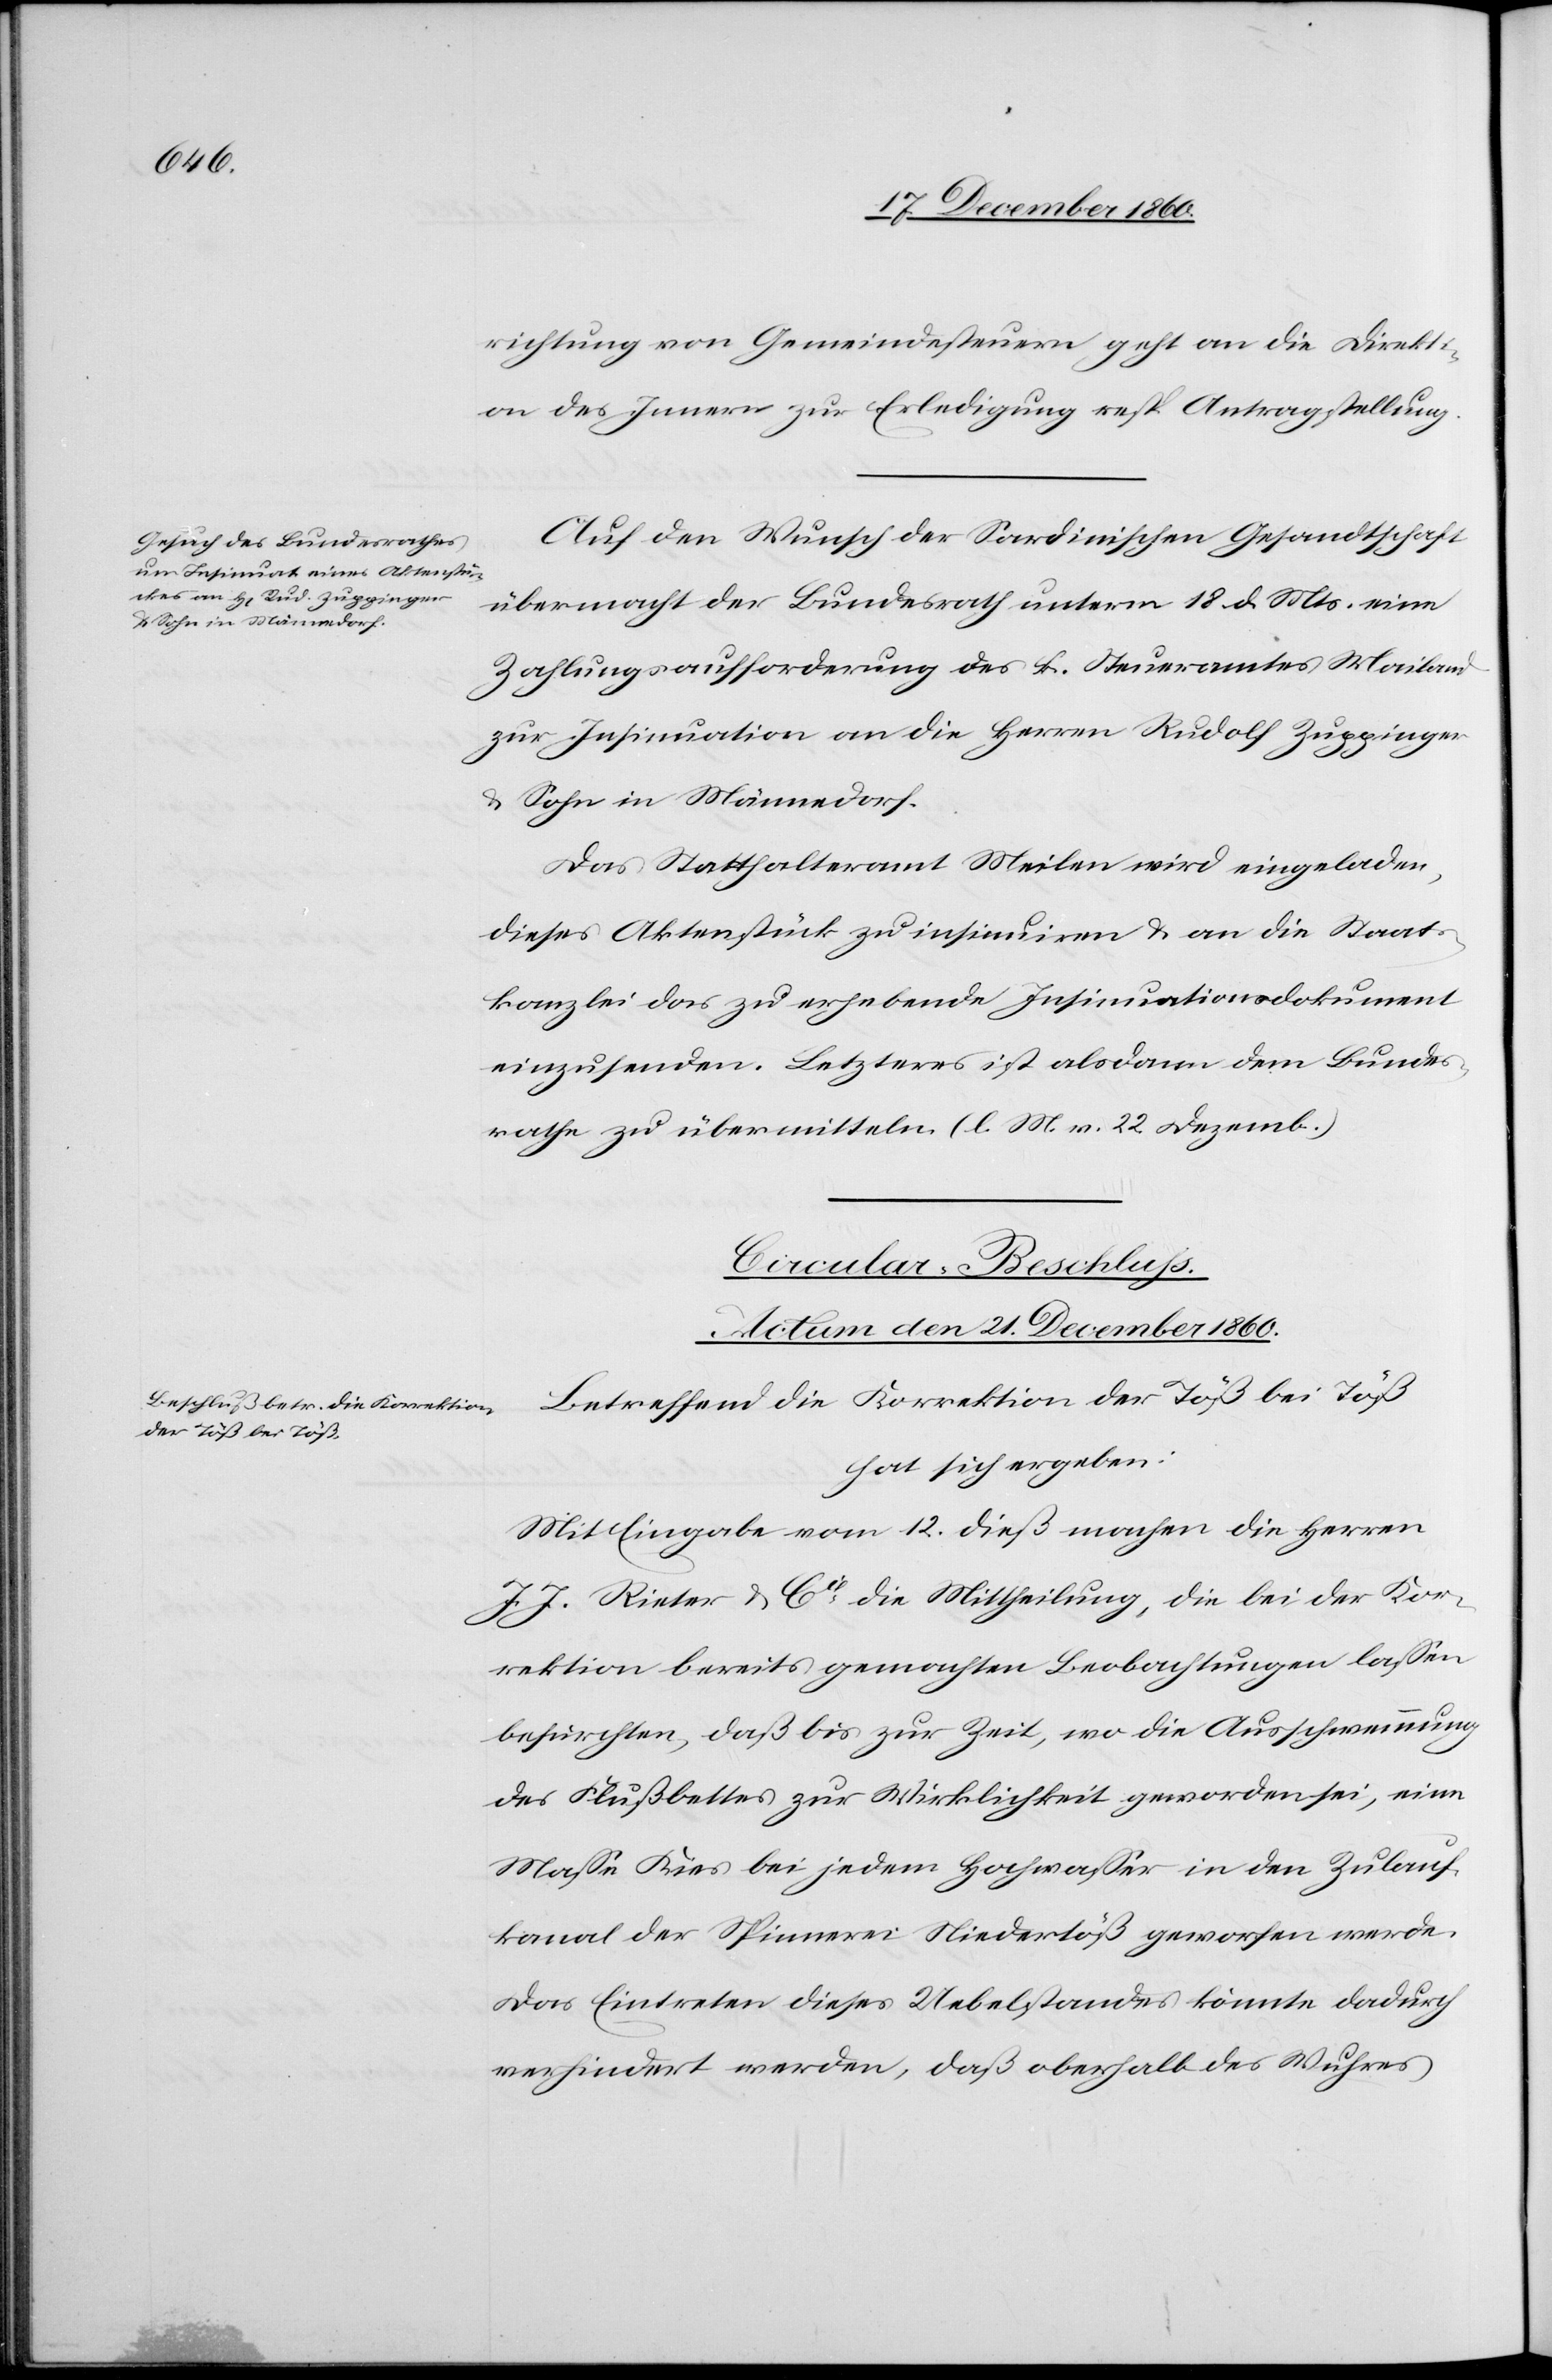
& Sohn in Männedorf.

21. December 1860.
richtung von Gemeindesteuern geht an die Direkti¬
on des Innern zur Erledigung resp. Antragstellung.
Auf den Wunsch der Sardinischen Gesandtschaft
übermacht der Bundesrath unterm 18. d. Mts., eine
Zahlungsaufforderung des k. Steueramtes Mailand
zur Insinuation an die Herren Rudolf Zuppinger
Das Statthalteramt Meilen wird eingeladen,
dieses Aktenstück zu insinuiren u. an die Staats¬
kanzlei das zu erhebende Insinuationsdokument
einzusenden. Letzteres ist alsdann dem Bundes¬
rathe zu übermitteln. (l. M. v. 22. Dezemb.)
Circular-Beschluss.
Actum den 21. Decemb. 1860.]
Betreffend die Korrektion der Töß bei Töß
hat sich ergeben:
Mit Eingabe vom 12. dieß machen die Herren
J. J. Reiter & Cie die Mittheilung, die bei der Kor¬
rektion bereits gemachten Beobachtungen lassen
befürchten, daß bis zur Zeit, wo die Ausschwemmung
des Flußbettes zur Wirklichkeit geworden sei, eine
Masse Kies bei jedem Hochwasser in den Zulauf¬
kanal der Spinnerei Niedertöß geworfen werde.
Das Eintreten dieses Uebelstandes könnte dadurch
verhindert werden, daß oberhalb des Wuhres